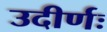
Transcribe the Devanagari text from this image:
उदीर्णः